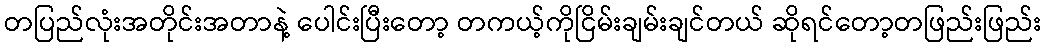
တပြည်လုံးအတိုင်းအတာနဲ့ ပေါင်းပြီးတော့ တကယ့်ကိုငြိမ်းချမ်းချင်တယ် ဆိုရင်တော့တဖြည်းဖြည်း